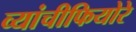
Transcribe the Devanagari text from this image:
व्यांचीफियोरे